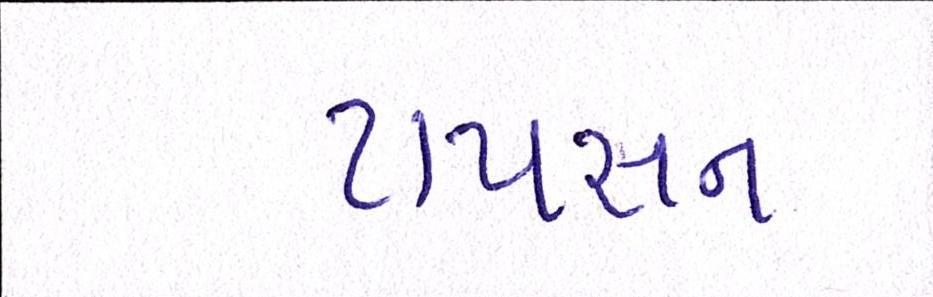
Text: ટાયસન